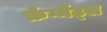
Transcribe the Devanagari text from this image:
फ्रॅग्मेंट्स